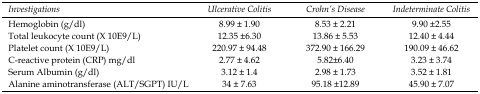
<table><thead><tr><td><b><i>Investigations</i></b></td><td><b><i>Ulcerative Colitis</i></b></td><td><b><i>Crohn’s Disease</i></b></td><td><b><i>Indeterminate Colitis</i></b></td></tr></thead><tbody><tr><td>Hemoglobin (g/dl)</td><td>8.99 ± 1.90</td><td>8.53 ± 2.21</td><td>9.90 ±2.55</td></tr><tr><td>Total leukocyte count (X 10E9/L)</td><td>12.35 ±6.30</td><td>13.86 ± 5.53</td><td>12.40 ± 4.44</td></tr><tr><td>Platelet count (X 10E9/L)</td><td>220.97 ± 94.48</td><td>372.90 ± 166.29</td><td>190.09 ± 46.62</td></tr><tr><td>C-reactive protein (CRP) mg/dl</td><td>2.77 ± 4.62</td><td>5.82±6.40</td><td>3.23 ± 3.74</td></tr><tr><td>Serum Albumin (g/dl)</td><td>3.12 ± 1.4</td><td>2.98 ± 1.73</td><td>3.52 ± 1.81</td></tr><tr><td>Alanine aminotransferase (ALT/SGPT) IU/L</td><td>34 ± 7.63</td><td>95.18 ±12.89</td><td>45.90 ± 7.07</td></tr></tbody></table>